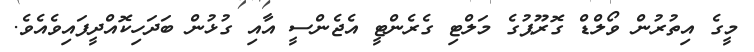
މީގެ އިތުރުން ވޯލްޑް ގޮރޫޕުގެ މަލްޓި ގެރެންޓީ އެޖެންސީ އާއި ގުޅުން ބަދަހިކޮއްދީފައިވެއެވެ.